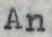
An